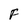
Character: F